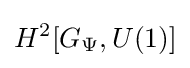
H^{2}[G_{\Psi },U(1)]